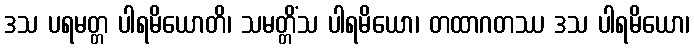
ဒသ ပရမတ္တ ပါရမိယောတိ၊ သမတ္တိံသ ပါရမိယော၊ တထာဂတဿ ဒသ ပါရမိယော၊